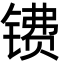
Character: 镄